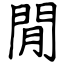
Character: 閒